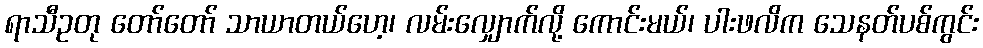
ရာသီဥတု တော်တော် သာယာတယ်ဟေ့၊ လမ်းလျှောက်လို့ ကောင်းမယ်၊ ပါးဖလိက သေနတ်ပစ်ကွင်း